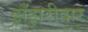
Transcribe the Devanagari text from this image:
झँझरीदार